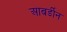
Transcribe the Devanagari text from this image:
आबर्डीन